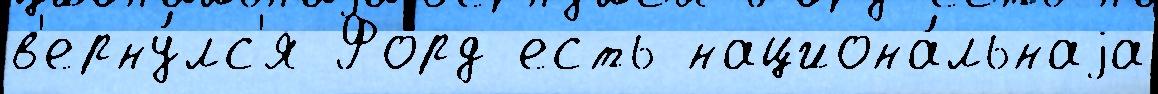
в'ерну́лс'я Форд есть национа́льнаjа